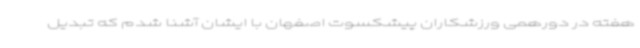
هفته در دورهمی ورزشکاران پیشکسوت اصفهان با ایشان آشنا شدم که تبدیل